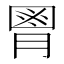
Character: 𦞅